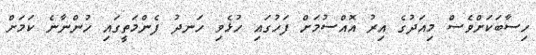
ހިސާބަކަށްވެސް މިއަދުގެ އިރު އޮއްސުމަށް ފަހުގައި ހުޅެވި ހަނދު ފެންމަތީގައި ހުންނާނެ ކަމަށް